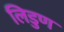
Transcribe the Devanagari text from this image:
लिडुण